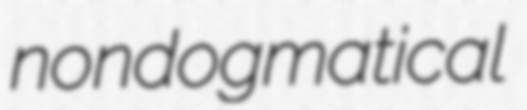
nondogmatical